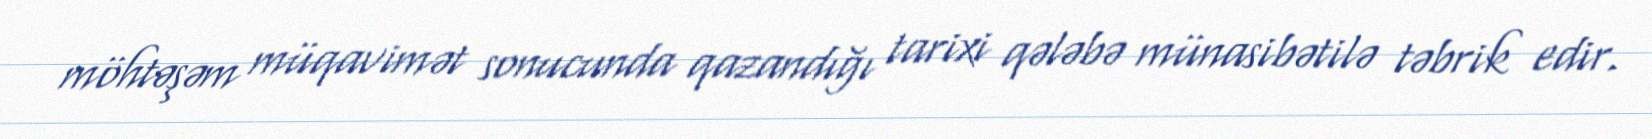
möhtəşəm müqavimət sonucunda qazandığı tarixi qələbə münasibətilə təbrik edir.